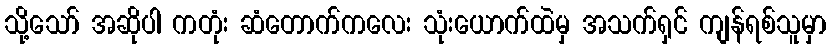
သို့သော် အဆိုပါ ကတုံး ဆံတောက်ကလေး သုံးယောက်ထဲမှ အသက်ရှင် ကျန်ရစ်သူမှာ